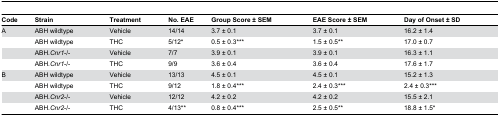
| Code | Strain | Treatment | No. EAE | Group Score ± SEM | EAE Score ± SEM | Day of Onset ± SD |
 | --- | --- | --- | --- | --- | --- | --- |
 | A | ABH wildtype | Vehicle | 14/14 | 3.7 ± 0.1 | 3.7 ± 0.1 | 16.2 ± 1.4 |
 |  | ABH wildtype | THC | 5/12* | 0.5 ± 0.3*** | 1.5 ± 0.5** | 17.0 ± 0.7 |
 |  | ABH.Cnr1-/- | Vehicle | 7/7 | 3.9 ± 0.1 | 3.9 ± 0.1 | 16.3 ± 1.1 |
 |  | ABH.Cnr1-/- | THC | 9/9 | 3.6 ± 0.4 | 3.6 ± 0.4 | 17.6 ± 1.7 |
 | B | ABH wildtype | Vehicle | 13/13 | 4.5 ± 0.1 | 4.5 ± 0.1 | 15.2 ± 1.3 |
 |  | ABH wildtype | THC | 9/12 | 1.8 ± 0.4*** | 2.4 ± 0.3*** | 2.4 ± 0.3*** |
 |  | ABH.Cnr2-/- | Vehicle | 12/12 | 4.2 ± 0.2 | 4.2 ± 0.2 | 15.5 ± 2.1 |
 |  | ABH.Cnr2-/- | THC | 4/13** | 0.8 ± 0.4*** | 2.5 ± 0.5** | 18.8 ± 1.5* |